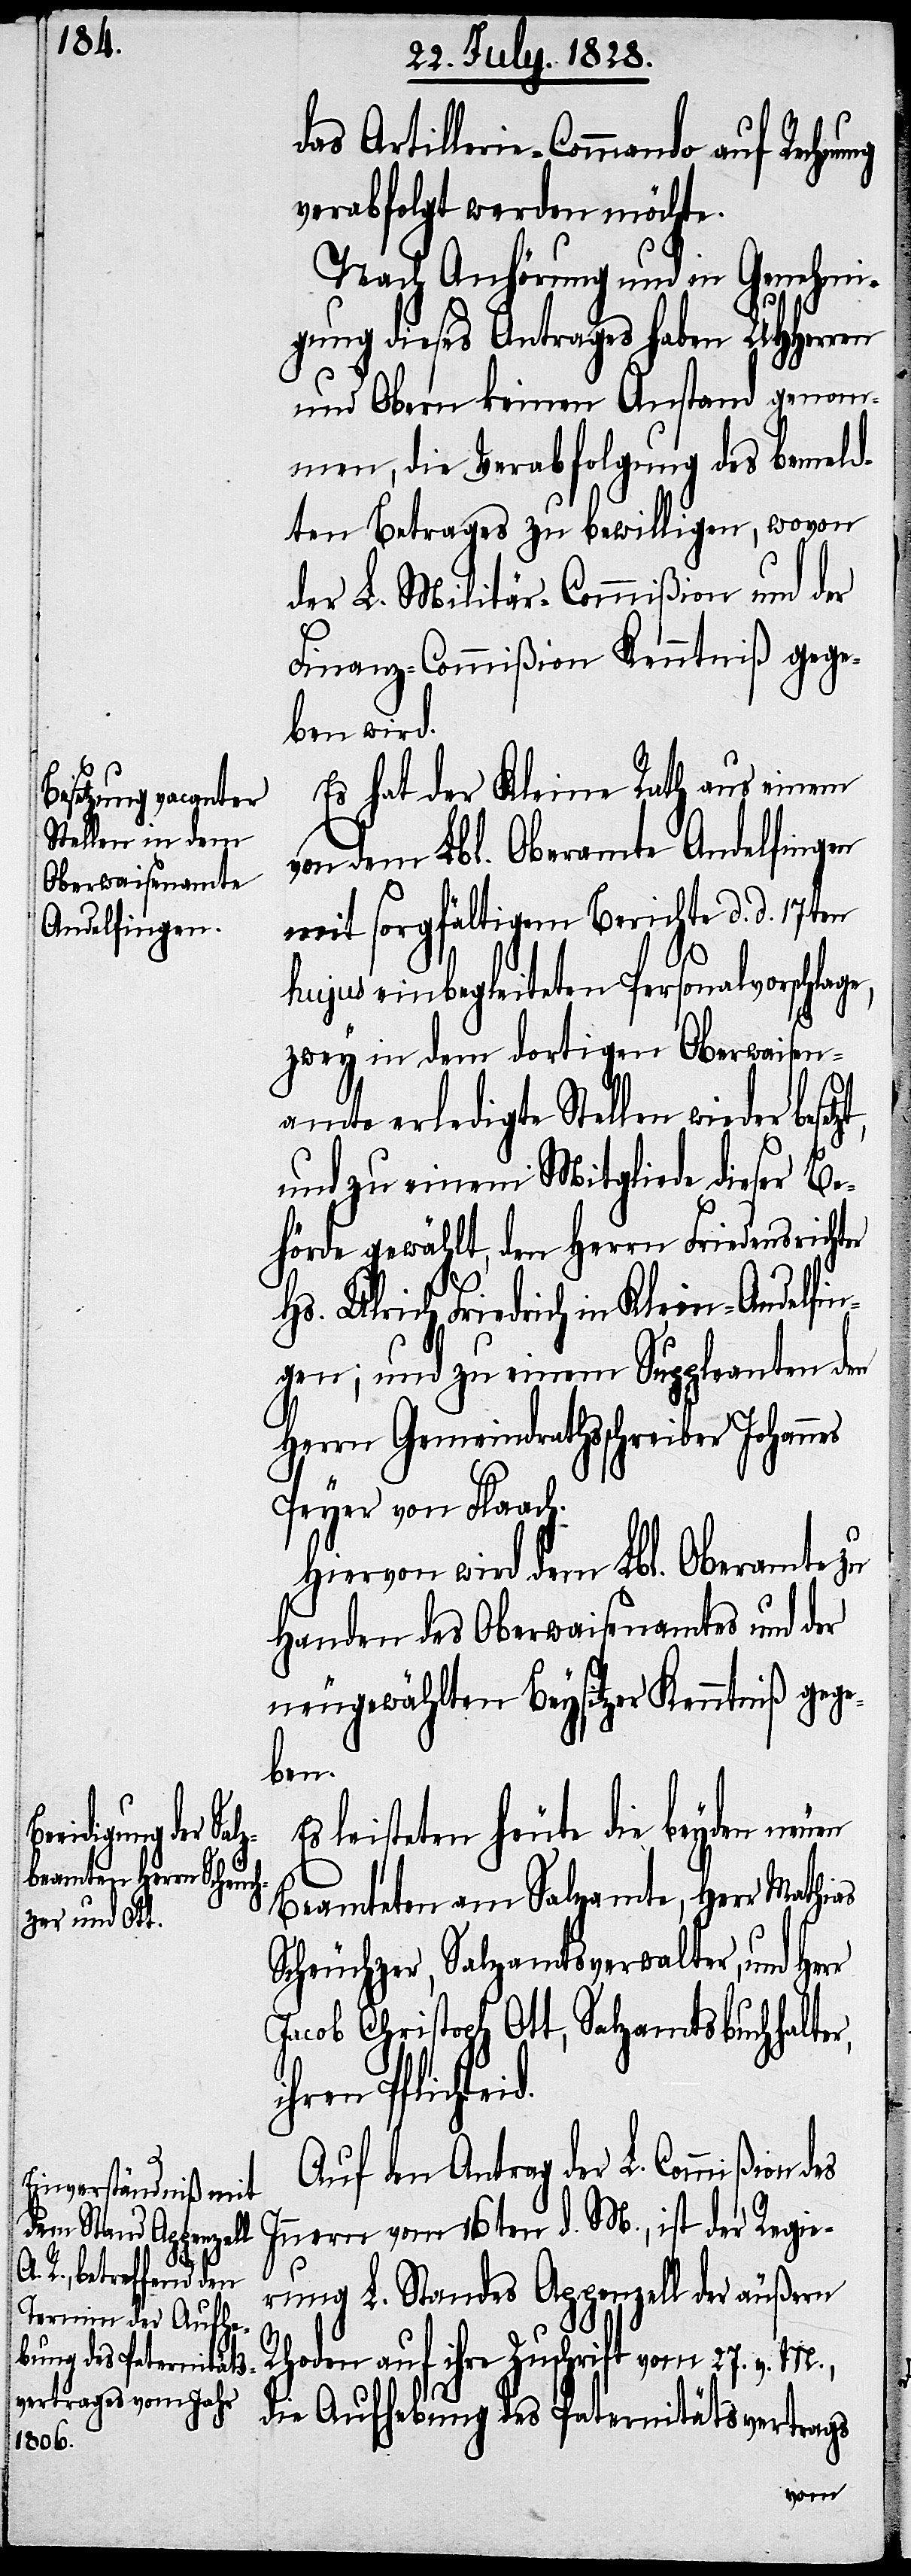
ng

das Artillerie-Commando auf Rechnu¬
verabfolgt werden möchte.
Nach Anhörung und in Genehmi¬
gung dieses Antrages haben UHHerren
und Obern keinen Anstand genom¬
men, die Verabfolgung des bemeld¬
ten Betrages zu bewilligen, wovon
der L. Militär-Commißion und der
Finanz-Commißion Kenntniß gege¬
ben wird.
Es hat der Kleine Rath aus einem
von dem Lbl. Oberamte Andelfingen
mit sorgfältigem Berichte d. d. 17ten
r,
hujus einbegleiteten Personalvorschlag¬
zwey in dem dortigen Oberwaisen¬
amte erledigte Stellen wieder
und zu einem Mitgliede dieser Be¬
hörde gewählt, den Herrn Friedensricht¬
Friedrich in Klein-Andelfi¬
ngen; und zu einem Suppleanten den
Herrn Gemeindrathsschreiber Johann¬
Peyer von Flaach.
Hiervon wird dem Lbl. Oberamte zu
Handen des Oberwaisenamtes und der
neugewählten Beysitzer Kenntniß gege¬
ben.
Es leisteten heute die beyden
Beamteten am Salzamte, Herr Mathias
Scheuchzer, Salzamtsverwalter, und Her¬
Jacob Christoph Ott, Salzamtsbuchhalte¬
ihren Pflichteid.
Auf den Antrag der L. Commißion des
Innern vom 16ten d. M., ist der Regie¬
rung L. Standes Appenzell der äußern
Rhoden auf ihre Zuschrift vom 27. v. M.,
die Aufhebung des Paternitätsvertrags